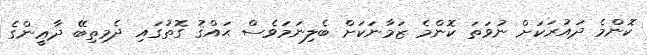
ކޮންމެ ދައުރަކަށް ނުވަތަ ކޮންމެ ޒަމާނަކަށް ބެލިނަމަވެސް ޙައްޤު ގޮތުގައި ދެމިތިބޭ ދާޢީންގެ